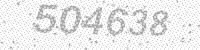
Solution: 504638